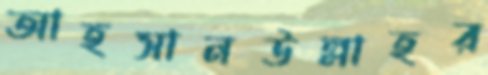
আহসানউল্লাহর